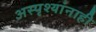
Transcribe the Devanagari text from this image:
अस्पृश्यांनाही